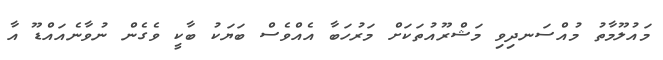
މައުލޫމާތު މުއްސަނދިވި މަޝްރޫއުތަކަށް މަރުހަބާ އެއްވެސް ބަޔަކު ބާކީ ވެގެން ނުވާނެއައްޑޫ އާ